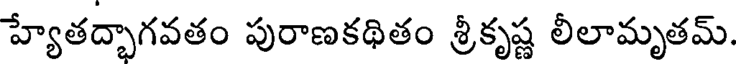
హ్యేతద్భాగవతం పురాణకథితం శ్రీకృష్ణ లీలామృతమ్.